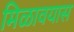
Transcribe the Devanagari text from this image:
मिळावयास